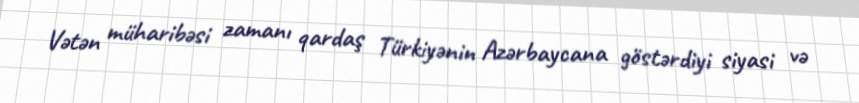
Vətən müharibəsi zamanı qardaş Türkiyənin Azərbaycana göstərdiyi siyasi və